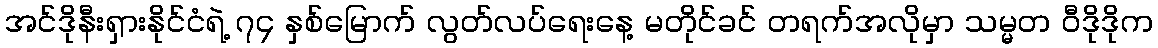
အင်ဒိုနီးရှားနိုင်ငံရဲ့ ၇၄ နှစ်မြောက် လွတ်လပ်ရေးနေ့ မတိုင်ခင် တရက်အလိုမှာ သမ္မတ ဝီဒိုဒိုက